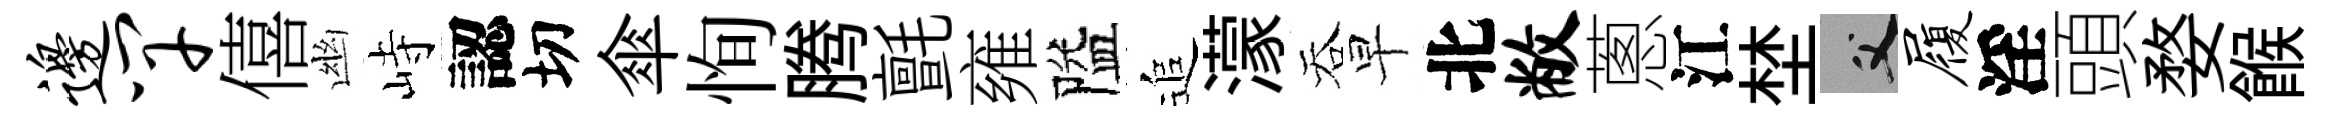
边竿僖幽峙認切傘恂腾氈雍隘追濛吞早北敝蔥江埜父履淫頭婺餱